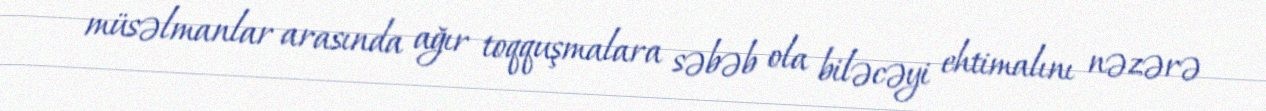
müsəlmanlar arasında ağır toqquşmalara səbəb ola biləcəyi ehtimalını nəzərə